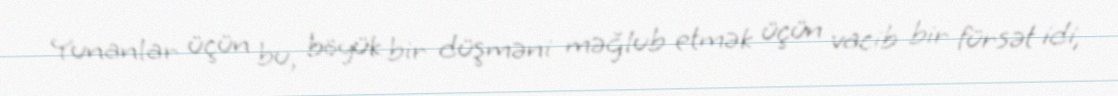
Yunanlar üçün bu, böyük bir düşməni məğlub etmək üçün vacib bir fürsət idi,